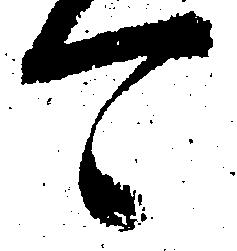
可